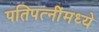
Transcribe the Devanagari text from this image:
पतिपत्‍नींमध्ये